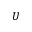
U